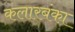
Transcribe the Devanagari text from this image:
कलारबंका